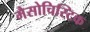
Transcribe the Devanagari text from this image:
मैसोचिस्टिक